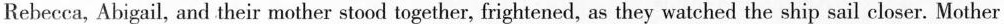
Rebecca, Abigail, and their mother stood together, frightened, as they watched the ship sail closer. Mother